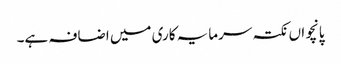
پانچواں نکتہ سرمایہ کاری میں اضافہ ہے۔